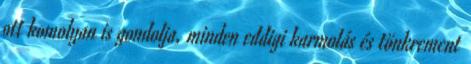
ott komolyan is gondolja, minden eddigi karmolás és tönkrement